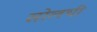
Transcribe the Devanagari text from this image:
सोलची